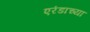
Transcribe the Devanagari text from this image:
एरंडाच्या